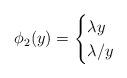
LaTeX: \begin{align*}\phi_2(y)=\begin{cases}\lambda y &\\\lambda/y &\end{cases}\end{align*}